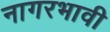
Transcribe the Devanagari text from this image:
नागरभावी